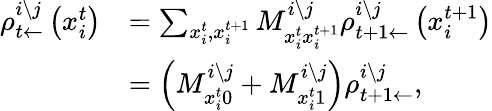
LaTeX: \begin{array}{rl}{\rho_{t\leftarrow}^{i\setminus j}\left(x_{i}^{t}\right)}&{=\sum_{x_{i}^{t},x_{i}^{t+1}}M_{x_{i}^{t}x_{i}^{t+1}}^{i\setminus j}\rho_{t+1\leftarrow}^{i\setminus j}\left(x_{i}^{t+1}\right)}\\ &{=\left(M_{x_{i}^{t}0}^{i\setminus j}+M_{x_{i}^{t}1}^{i\setminus j}\right)\rho_{t+1\leftarrow}^{i\setminus j},}\end{array}